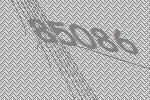
85086